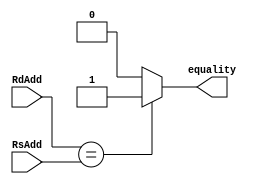
module Comparator_Nbit(
input wire [N - 1:0] RdAdd,
input wire [N - 1:0] RsAdd,
output wire equality
);

parameter [31:0] N = 32;
//sources and destinations regs addresses


//equality signal to indicate if the data input are equal (RsAdd is equal to RdAdd)


  assign equality = RdAdd == RsAdd ? 1'b1 : 1'b0;

endmodule